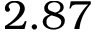
2 . 8 7